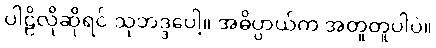
ပါဠိလိုဆိုရင် သုဘဒ္ဒပေါ့။ အဓိပ္ပာယ်က အတူတူပါပဲ။